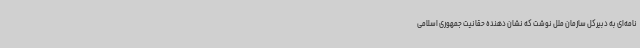
نامه‌ای به دبیرکل سازمان ملل نوشت که نشان دهنده حقانیت جمهوری اسلامی